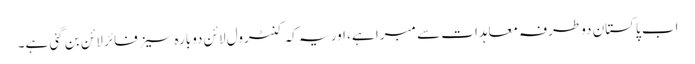
اب پاکستان دوطرفہ معاہدات سے مبرا ہے، اور یہ کہ کنٹرول لائن دوبارہ سیزفائر لائن بن گئی ہے۔